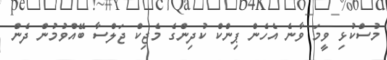
މުސްކުޅި ވީމަ ވާނެ އެހެން ޕިންކް ކުދިންގެ މެޖިކް ޖަލްސާ ބޭއްވުމުން ދެން